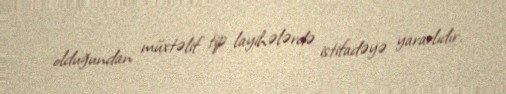
olduğundan müxtəlif tip layihələrdə istifadəyə yararlıdır.